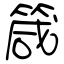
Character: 箴